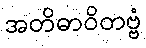
အတိဓာဝိတဗ္ဗံ